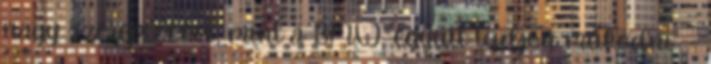
nagy szereplőkkel, mint a BMW, együtt tudjon működni" -